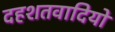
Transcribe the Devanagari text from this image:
दहशतवादियों